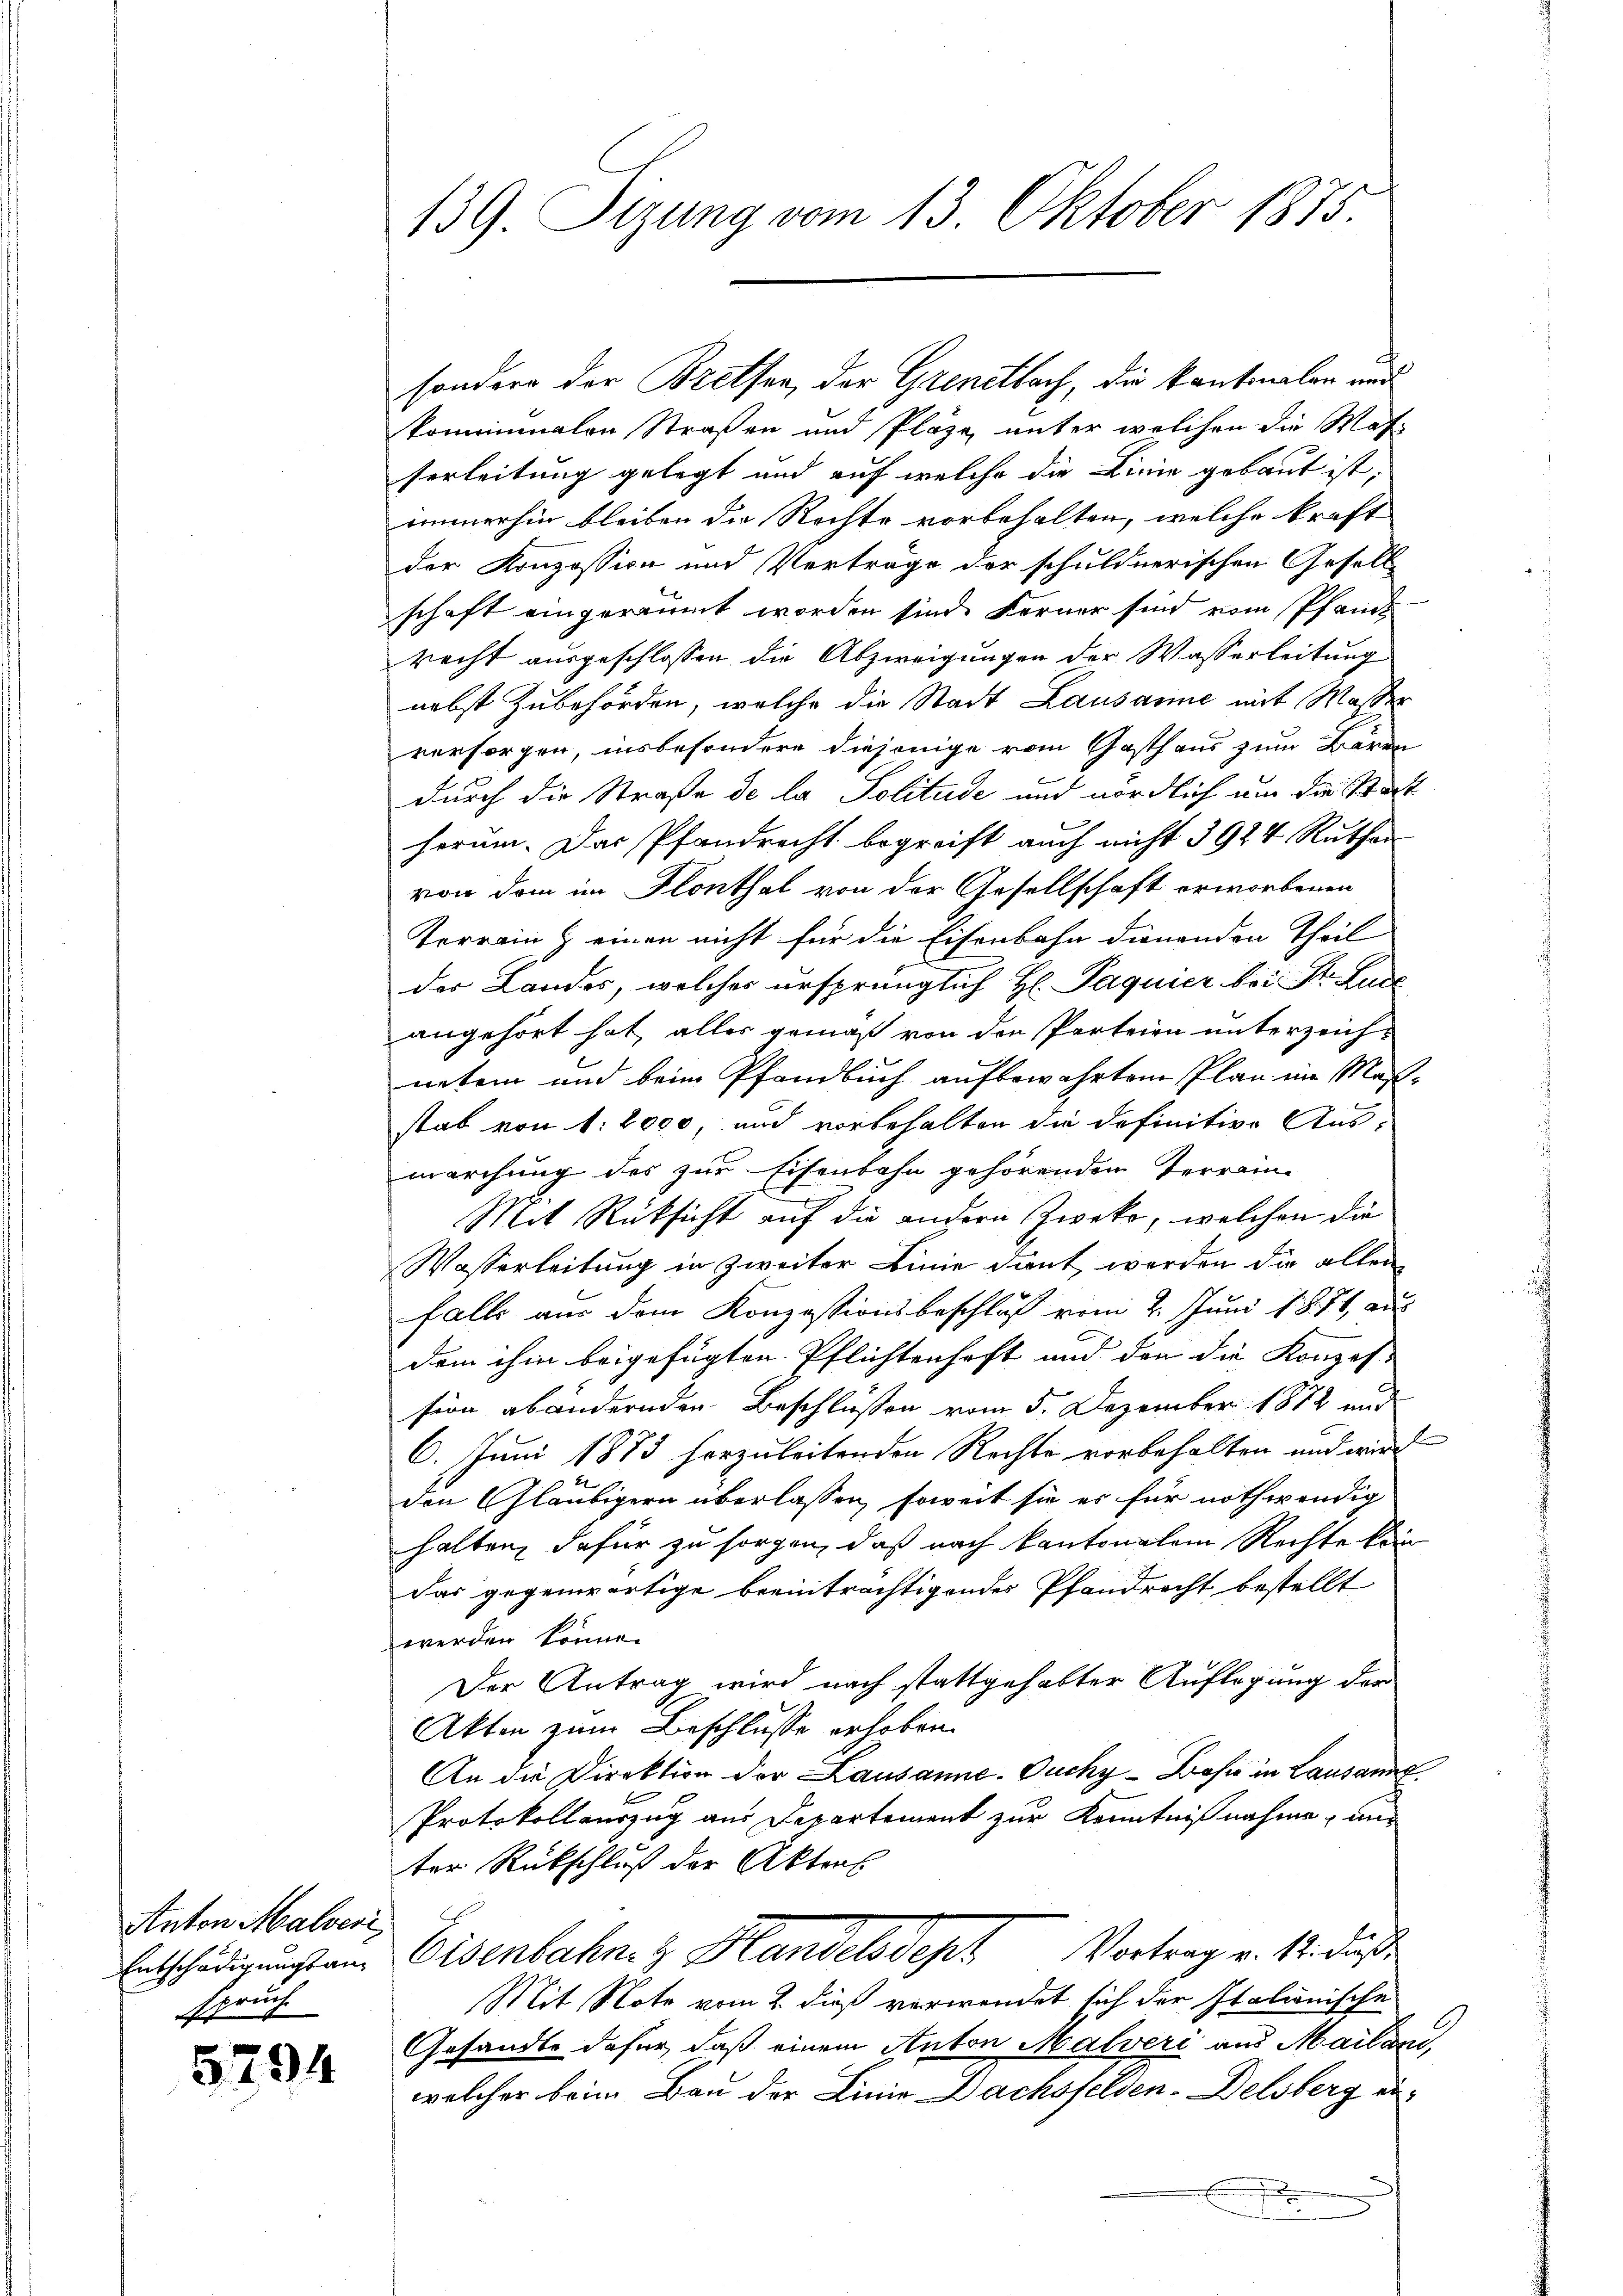
etaten habends
spruch

5294

139. Sizung vom 13. Oktober 1875.

sondern der Brethen, der Grentbach, die kantonalen und
kommunalen Straßen und Plaze, unter welchen die Maf-
serleitung gelegt und auf welche die Linie gebaut ist,
immerhin bleiben die Rechte vorbehalten, welche kraft
der Konzession und Verträge der schuldnerischen Gesell
schaft eingeräumt worden sind. Ferner sind vom Pfand
recht ausgeschlossen die Abzweigungen der Wasserleitung
nebst Zubehörden, welche die Stadt Lausanne mit Masser
versorgen, insbesondere diejenige vom Gasthaus zum Baron
durch die Straße de la Politude und nördlich um die Stat
herum. Das Pfandrecht begreift auch nicht 3924 Ruthen
von dem im Flonthal von der Gesellschaft erworbenen
Terrain einen nicht für die Eisenbahn dienenden Theil
der Landes, welches ursprünglich H: Paquier bei St. Luce
angehört hat, alles gemäß von den Parteien unterzeichneten und beim Pfandbuch aufbewahrten Plan im Maßstab von 1. 2000, und vorbehalten die definitive Aus-
marchung des zur Eisenbahn gehörenden Terrain-
Mit Rücksicht auf die andern Zweke, welchen die
Wasserleitung in zweiter Linie dant, werden die allen
falls aus dem Konzessionsbeschluß vom 2. Juni 1871, aus
dem ihm beigefügten Pflichtenhaft und den die Konzession abändernden Beschlüssen vom 5. Dezember 1872 und
6. Juni 1873 herzuleitenden Rechte vorbehalten und wird
b
den Gläubigern überlassen, soweit sie es für nothwendig
halten, dafür zu sorgen, daß nach kantonalem Rechte kein
Das gegenwärtige beeinträchtigendes Pfandrecht bestellt
werden könne.
Der Antrag wird nach stattgehabter Auflagung der
Akten zum Beschlusse erhoben.
An die Direktion der Lausanne. Ouchy-Bahn in Lausann
Protokollauszug aus Departement zur Kenntnißnahme, und
ter Rückschluß der Aktens
Entschädigungen Eisenbahnez Handelsdept Vortrag v. Si das
Mit Note vom 2. dieß verwendet sich der Italienische
Gesandte dafür, daß einem Anton Malveri aus Mailwai,
welcher beim Bau der Linie Dachsfelden-Delsberg ei¬